Report on lock hospitals in British Burma
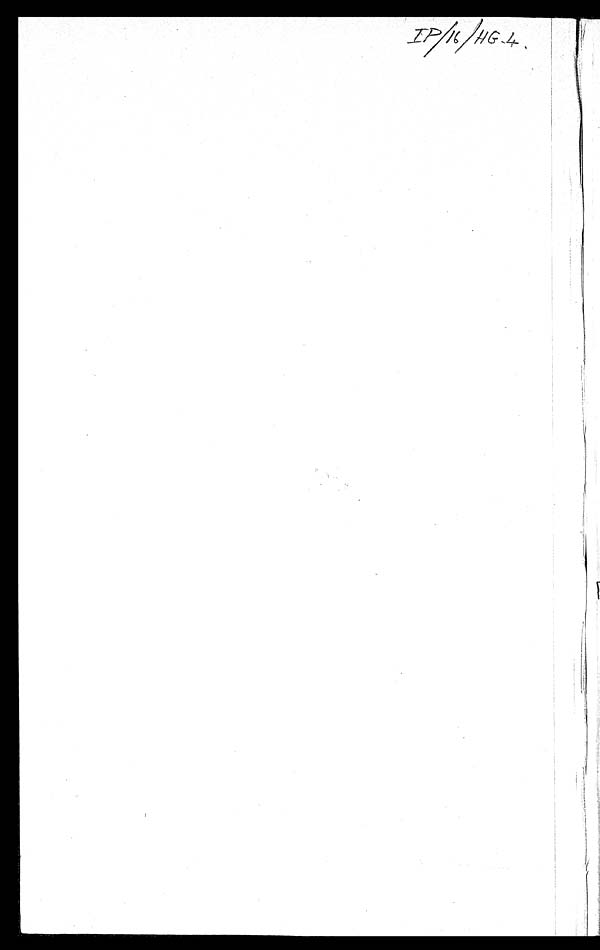
TP/16/HG.4.